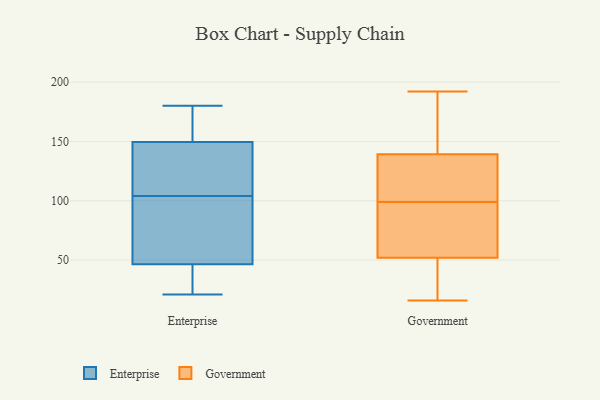
{"axis": {"x": "Conversion Rate (%)", "y": "Value"}, "legend": ["Enterprise", "Government"], "data": [{"x": "", "y": 130, "type": "Enterprise"}, {"x": "", "y": 31, "type": "Enterprise"}, {"x": "", "y": 106, "type": "Enterprise"}, {"x": "", "y": 98, "type": "Enterprise"}, {"x": "", "y": 21, "type": "Enterprise"}, {"x": "", "y": 180, "type": "Enterprise"}, {"x": "", "y": 104, "type": "Enterprise"}, {"x": "", "y": 156, "type": "Enterprise"}, {"x": "", "y": 106, "type": "Enterprise"}, {"x": "", "y": 98, "type": "Enterprise"}, {"x": "", "y": 93, "type": "Enterprise"}, {"x": "", "y": 21, "type": "Enterprise"}, {"x": "", "y": 157, "type": "Enterprise"}, {"x": "", "y": 24, "type": "Enterprise"}, {"x": "", "y": 174, "type": "Enterprise"}, {"x": "", "y": 30, "type": "Government"}, {"x": "", "y": 126, "type": "Government"}, {"x": "", "y": 163, "type": "Government"}, {"x": "", "y": 140, "type": "Government"}, {"x": "", "y": 137, "type": "Government"}, {"x": "", "y": 16, "type": "Government"}, {"x": "", "y": 94, "type": "Government"}, {"x": "", "y": 164, "type": "Government"}, {"x": "", "y": 55, "type": "Government"}, {"x": "", "y": 98, "type": "Government"}, {"x": "", "y": 24, "type": "Government"}, {"x": "", "y": 51, "type": "Government"}, {"x": "", "y": 192, "type": "Government"}, {"x": "", "y": 19, "type": "Government"}, {"x": "", "y": 176, "type": "Government"}, {"x": "", "y": 136, "type": "Government"}, {"x": "", "y": 116, "type": "Government"}, {"x": "", "y": 66, "type": "Government"}, {"x": "", "y": 99, "type": "Government"}]}